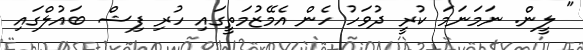
" ލީން. ނަމަނަމަ ކުރީ ދުވަހު ހެން އެމޭޒުމަތީގައި ހުރި ފިޝް ބައުލްގައި